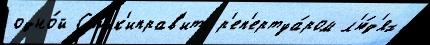
одно́й Ссылк'иправ'ить р'еп'ертуа́ром л'ю́д'ях